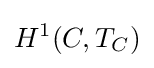
H^{1}(C,T_{C})